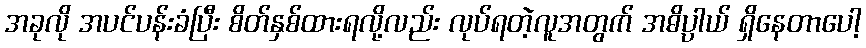
အခုလို အပင်ပန်းခံပြီး စိတ်နှစ်ထားရလို့လည်း လုပ်ရတဲ့လူအတွက် အဓိပ္ပာယ် ရှိနေတာပေါ့